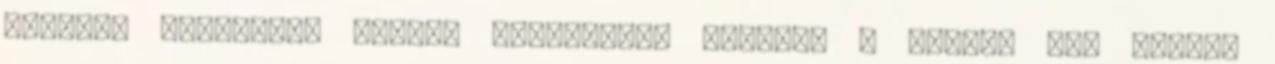
viszont kevesebbe kerül. Kozmetikai szalon: a teljes láb gyanta